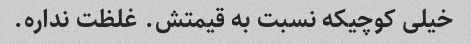
خیلی کوچیکه نسبت به قیمتش‌. غلظت نداره.